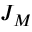
J _ { M }